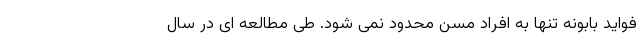
فواید بابونه تنها به افراد مسن محدود نمی شود. طی مطالعه ای در سال